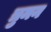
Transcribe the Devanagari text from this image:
त्रुमन